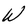
Character: W